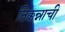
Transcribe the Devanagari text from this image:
तिक्कन्नाची